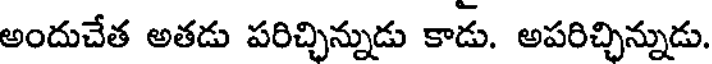
అందుచేత అతడు పరిచ్చిన్నుడు కాడు. అపరిచ్చిన్నుడు.